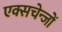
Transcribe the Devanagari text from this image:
एक्सचेन्जों